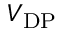
V _ { \mathrm { D P } }